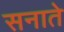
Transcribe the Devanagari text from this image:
सनाते